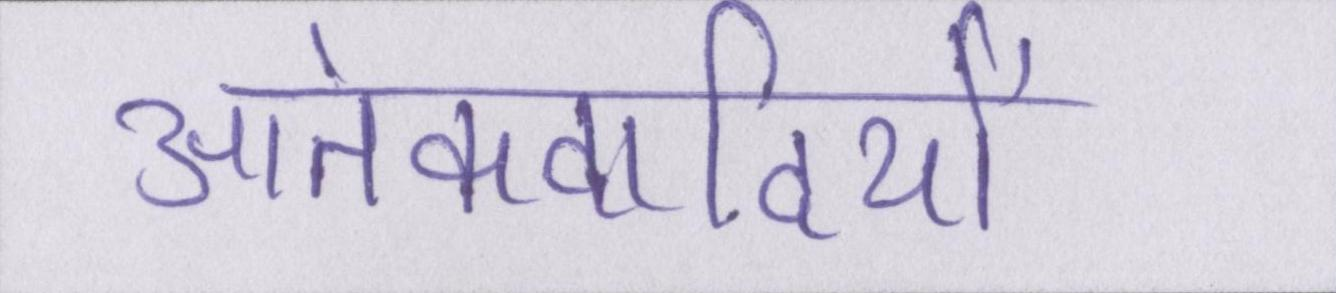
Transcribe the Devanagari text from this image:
आतंकवादियों